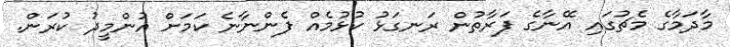
މާދަމާގެ މެޗުގައި އޭނާގެ ފަރާތުން ރަނގަޅު ކުޅުމެއް ފެންނާނެ ކަމަށް އުންމީދު ކުރަން.